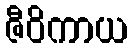
ဇီဝိကာယ